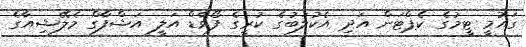
ގައުމީ ޓީމުގެ ކެޕްޓަން އަދި އެކުލަބުގެ ކުރީގެ ފޯވާޑް އަލީ އަޝްފާގް މެލޭޝިއާގެ